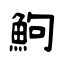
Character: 鮈